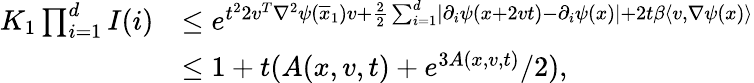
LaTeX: \begin{array}{rl}{K_{1}\prod_{i=1}^{d}I(i)}&{\leq e^{t^{2}2v^{T}\nabla^{2}\psi(\overline{{x}}_{1})v+\frac{2}{2}\sum_{i=1}^{d}\lvert\partial_{i}\psi(x+2vt)-\partial_{i}\psi(x)\rvert+2t\beta\langle v,\nabla\psi(x)\rangle}}\\ &{\leq 1+t(A(x,v,t)+e^{3A(x,v,t)}/2),}\end{array}